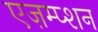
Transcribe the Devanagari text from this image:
एज़म्प्शन